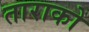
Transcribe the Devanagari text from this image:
ताराको